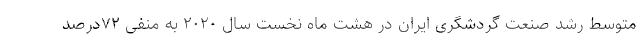
متوسط رشد صنعت گردشگری ایران در هشت ماه نخست سال ۲۰۲۰ به منفی ۷۲درصد